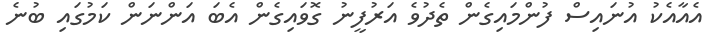
އެއާއެކު އުނައިސް ފުންމައިގެން ތެދުވެ އަރުފީނު ގޮވައިގެން އެބަ އަންނަން ކަމުގައި ބުނެ